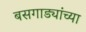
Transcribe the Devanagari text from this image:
बसगाड्यांच्या